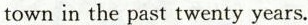
town in the past twenty years.